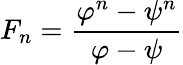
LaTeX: F_{n}={\frac{\varphi^{n}-\psi^{n}}{\varphi-\psi}}